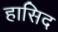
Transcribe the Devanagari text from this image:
हासिद